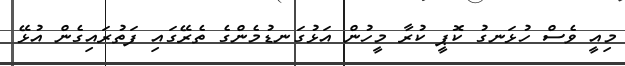
މިއީ ވެސް ހުޅަނގު ކޮޕީ ކުރާ މީހުން އަޅުގަނޑުމެންގެ ތެރޭގައި ފަތުރައިގެން އުޅޭ